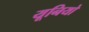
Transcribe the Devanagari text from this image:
यूनियो